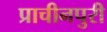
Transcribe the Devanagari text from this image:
प्राचीनपुरी